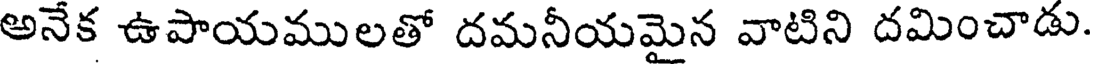
అనేక ఉపాయములతో దమనీయమైన వాటిని దమించాడు